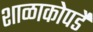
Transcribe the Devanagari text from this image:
शाळाकोपर्डे